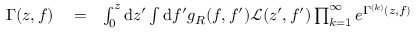
\begin{array} { r l r } { \Gamma ( z , f ) } & { { } = } & { \int _ { 0 } ^ { z } \mathrm { d } z ^ { \prime } \int \mathrm { d } f ^ { \prime } g _ { R } ( f , f ^ { \prime } ) \mathcal { L } ( z ^ { \prime } , f ^ { \prime } ) \prod _ { k = 1 } ^ { \infty } e ^ { \Gamma ^ { ( k ) } ( z , f ) } } \end{array}